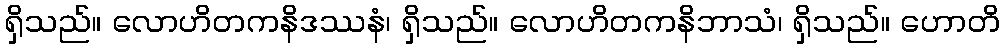
ရှိသည်။ လောဟိတကနိဒဿနံ၊ ရှိသည်။ လောဟိတကနိဘာသံ၊ ရှိသည်။ ဟောတိ